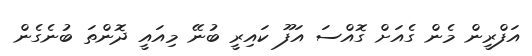
އަފްރީން މެން ގެއަށް ގޮއްސަ އަފޫ ކައިރީ ބުނޭ މިއައީ ދޮންތަ ބުނެގެން